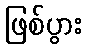
ဖြစ်ပွား